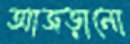
আজড়ানো